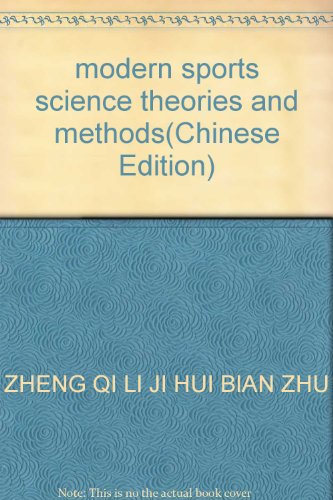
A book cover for modern sports science theories and methods; ZHENG QI LI JI HUI BIAN ZHU; Sports & Outdoors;